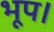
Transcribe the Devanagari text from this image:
भूप।